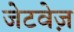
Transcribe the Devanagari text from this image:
जेटवेज़